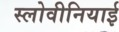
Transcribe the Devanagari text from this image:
स्लोवीनियाई